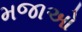
મજાઓ